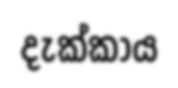
දැක්කාය